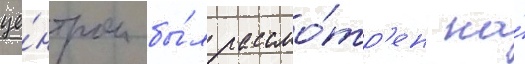
це́нтром бы́л рассмо́тр'ен на́